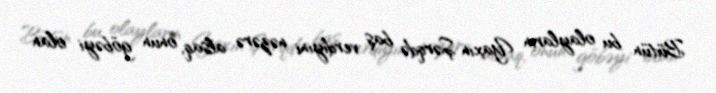
Bütün bu olayların Yaxın Şərqdə baş verdiyini nəzərə alsaq, onun göbəyi olan